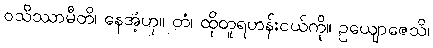
ဝသိဿာမီတိ၊ နေအံ့ဟု။ တံ၊ ထိုတူရဟန်းငယ်ကို။ ဥယျောဇေသိ၊